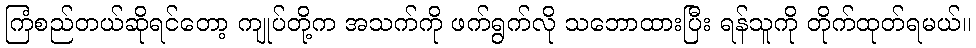
ကြံစည်တယ်ဆိုရင်တော့ ကျုပ်တို့က အသက်ကို ဖက်ရွက်လို သဘောထားပြီး ရန်သူကို တိုက်ထုတ်ရမယ်။